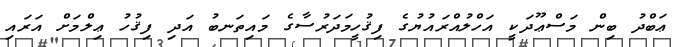
ޢަބްދު ބިން މަސްޢޫދަކީ އަހްލުއްރައުޔުގެ ފިޤުހީމަދަރުސާގެ މައިތަނބު އަދި ފިޤުހު ޢިލްމަށް އަރައި